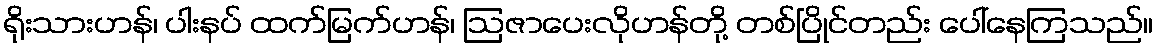
ရိုးသားဟန်၊ ပါးနပ် ထက်မြက်ဟန်၊ ဩဇာပေးလိုဟန်တို့ တစ်ပြိုင်တည်း ပေါ်နေကြသည်။